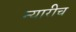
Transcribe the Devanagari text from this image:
न्यारीच